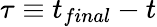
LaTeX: \tau\equiv t_{final}-t